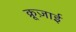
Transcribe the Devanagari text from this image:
क्रूज़ाई